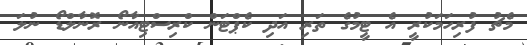
މެޗު ފުރިހަމަކުރީ އެ ޓީމުގެ ތަރި އަދި ކެޕްޓަން ކްރިސްޓިއާނޯ ރޮނާލްޑޯ ނުލަ